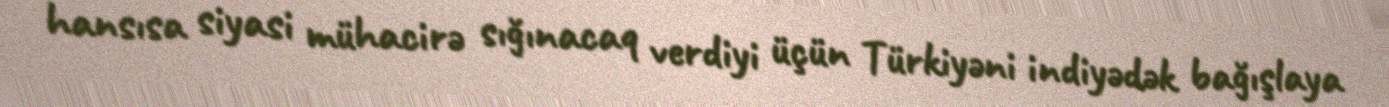
hansısa siyasi mühacirə sığınacaq verdiyi üçün Türkiyəni indiyədək bağışlaya